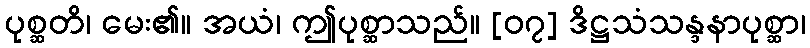
ပုစ္ဆတိ၊ မေး၏။ အယံ၊ ဤပုစ္ဆာသည်။ [၀၇] ဒိဋ္ဌသံသန္ဒနာပုစ္ဆာ၊